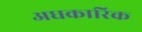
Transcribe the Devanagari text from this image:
अधकारिक